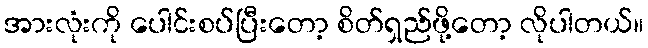
အားလုံးကို ပေါင်းစပ်ပြီးတော့ စိတ်ရှည်ဖို့တော့ လိုပါတယ်။